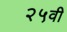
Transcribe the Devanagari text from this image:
२५वी